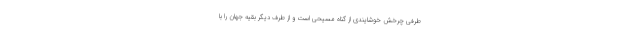
طرفی چرخش خوشایندی از گناه مسیحی است و از طرف دیگر بقیهٔ جهان را با